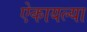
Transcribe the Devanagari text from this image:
ऐकायल्या